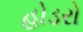
હોડરો